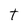
Character: T